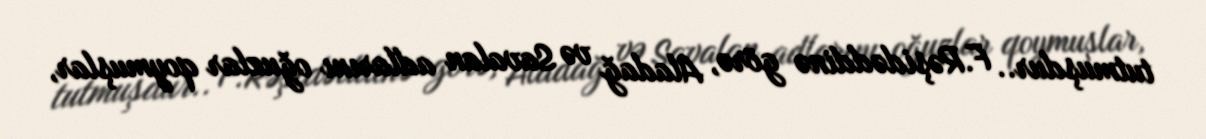
tutmuşdur.. F.Rəşidəddinə görə, Aladağ və Savalan adlarını oğuzlar qoymuşlar,